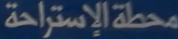
محطة الإستراحة